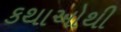
કથાઓથી